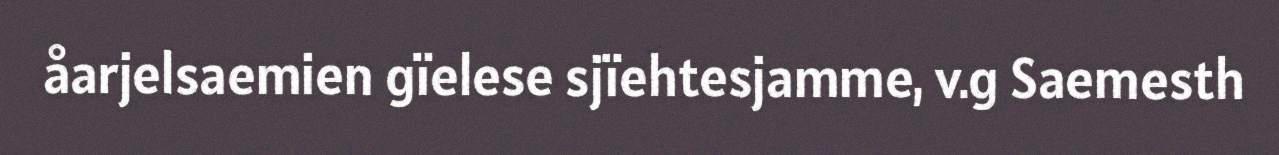
åarjelsaemien gïelese sjïehtesjamme, v.g Saemesth